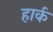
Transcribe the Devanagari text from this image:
हार्क